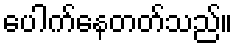
ပေါက်နေတတ်သည်။